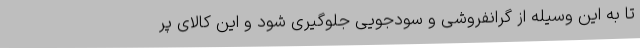
تا به این وسیله از گرانفروشی و سودجویی جلوگیری شود و این کالای پر